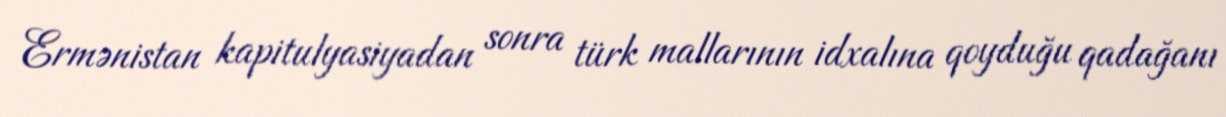
Ermənistan kapitulyasiyadan sonra türk mallarının idxalına qoyduğu qadağanı